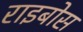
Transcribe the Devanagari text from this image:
राइबोस